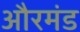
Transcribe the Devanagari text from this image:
औरमंड